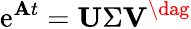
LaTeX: \mathrm{e}^{\mathbf{{A}}t}=\mathbf{{U}}\Sigma\mathbf{{V}}^{\dag}